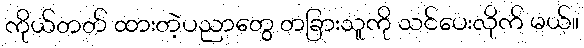
ကိုယ်တတ် ထားတဲ့ပညာတွေ တခြားသူကို သင်ပေးလိုက် မယ်။